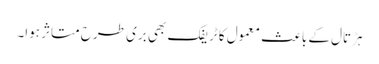
ہڑتال کے باعث معمول کا ٹریفک بھی بری طرح متاثر ہوا۔